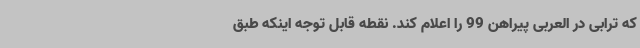
که ترابی در العربی پیراهن 99 را اعلام کند. نقطه قابل توجه اینکه طبق